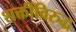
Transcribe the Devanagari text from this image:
शक्तींविरुद्ध